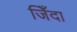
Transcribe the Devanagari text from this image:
जिँदा